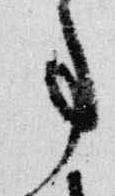
事